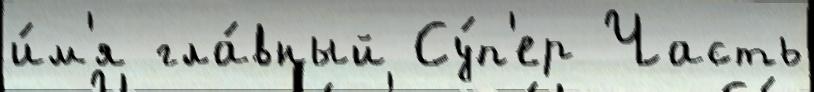
и́м'я гла́вный Су́п'ер Часть